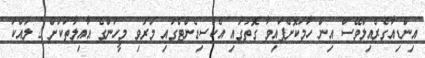
އިންޑިއާގެރެއިލްވޭސް އިން ހާމަކޮށްފައިވާ ގޮތުގައި އެކްސިޑެންޓްގައި މަރުވި މީހުންގެ އާއިލާތަކަށް 2 ލައްކަ